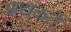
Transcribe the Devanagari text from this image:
आद्यकर्ते